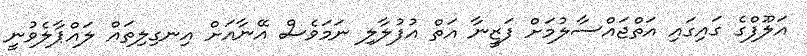
އަލޫފްގެ ގައިގައި އަތްޖައްސާލުމަށް ފަޒީނާ އަތް އުފުލާލި ނަމަވެސް އޭނާއަށް އިނގިލިތައް ލައްޕާލެވުނީ